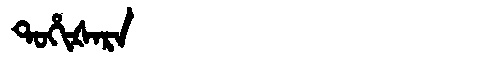
Manchu: ᡨᠣᡥᡳᡧᠠᡵᠠ
Romanization: TOHIŠARA